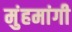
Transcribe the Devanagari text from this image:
मुंहमांगी